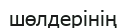
шөлдерінің